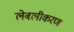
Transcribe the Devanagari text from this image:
लेबलीकरण